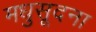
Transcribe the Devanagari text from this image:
मधुसूदना